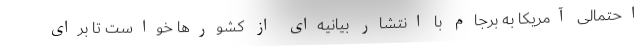
احتمالی آمریکا به برجام با انتشار بیانیه‌ای از کشورها خواست تا برای